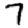
Digit: 7